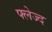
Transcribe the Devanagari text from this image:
फ्लेज्द